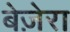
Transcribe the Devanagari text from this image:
बेज़ेरा